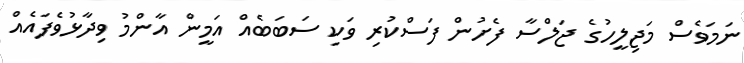
ނަމަވެސް މަޖިލީހުގެ ޖަލްސާ ފެށުން ފަސްކުރި ވަކި ސަބަބެއް އަމީން އާންމު ވިދާޅުވެފައެއް